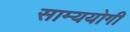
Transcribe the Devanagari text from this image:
साम्ययोगी